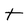
Character: t